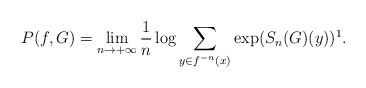
\begin{align*} P(f,G)=\lim_{n\to+\infty}\frac{1}{n}\log\sum_{y\in f^{-n}(x)}\exp(S_{n}(G)(y))\footnote{A term of \emph{tree pressure} is used in \cite{PU11} to stand for the right hand side of Equation \eqref{equ_pressure}.}.\end{align*}